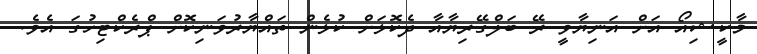
މާކީޝިއޯ އަށް އަނިޔާވީ ރޭ ބަލްގޭރިޔާއާ ދެކޮޅަށް ކުޅެން ތައްޔާރުވަނިކޮށް ޕްރެކްޓިހުގަ އެވެ.